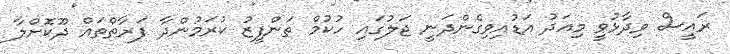
ރައީސް ވިދާޅުވީ މިއަދު އަޑުއިވިގެންދަނީ ޖަލުގައި ހުކުމް ތަންފީޒު ކުރަމުންދާ ފަރާތްތައް ދޫކޮށްލާ